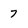
Character: 7